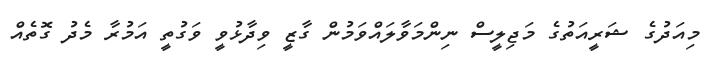
މިއަދުގެ ޝަރީއަތުގެ މަޖިލީސް ނިންމަވާލައްވަމުން ގާޒީ ވިދާޅުވީ ވަގުތީ އަމުރާ މެދު ގޮތެއް